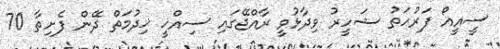
ސީއީއޯ ފަރުހަތު ޝަހީރު ވިދާޅުވީ ރާއްޖޭގައި ސިއްޚީ ޚިދުމަތް ދޭން ފެށިތާ 70